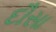
દૌસા